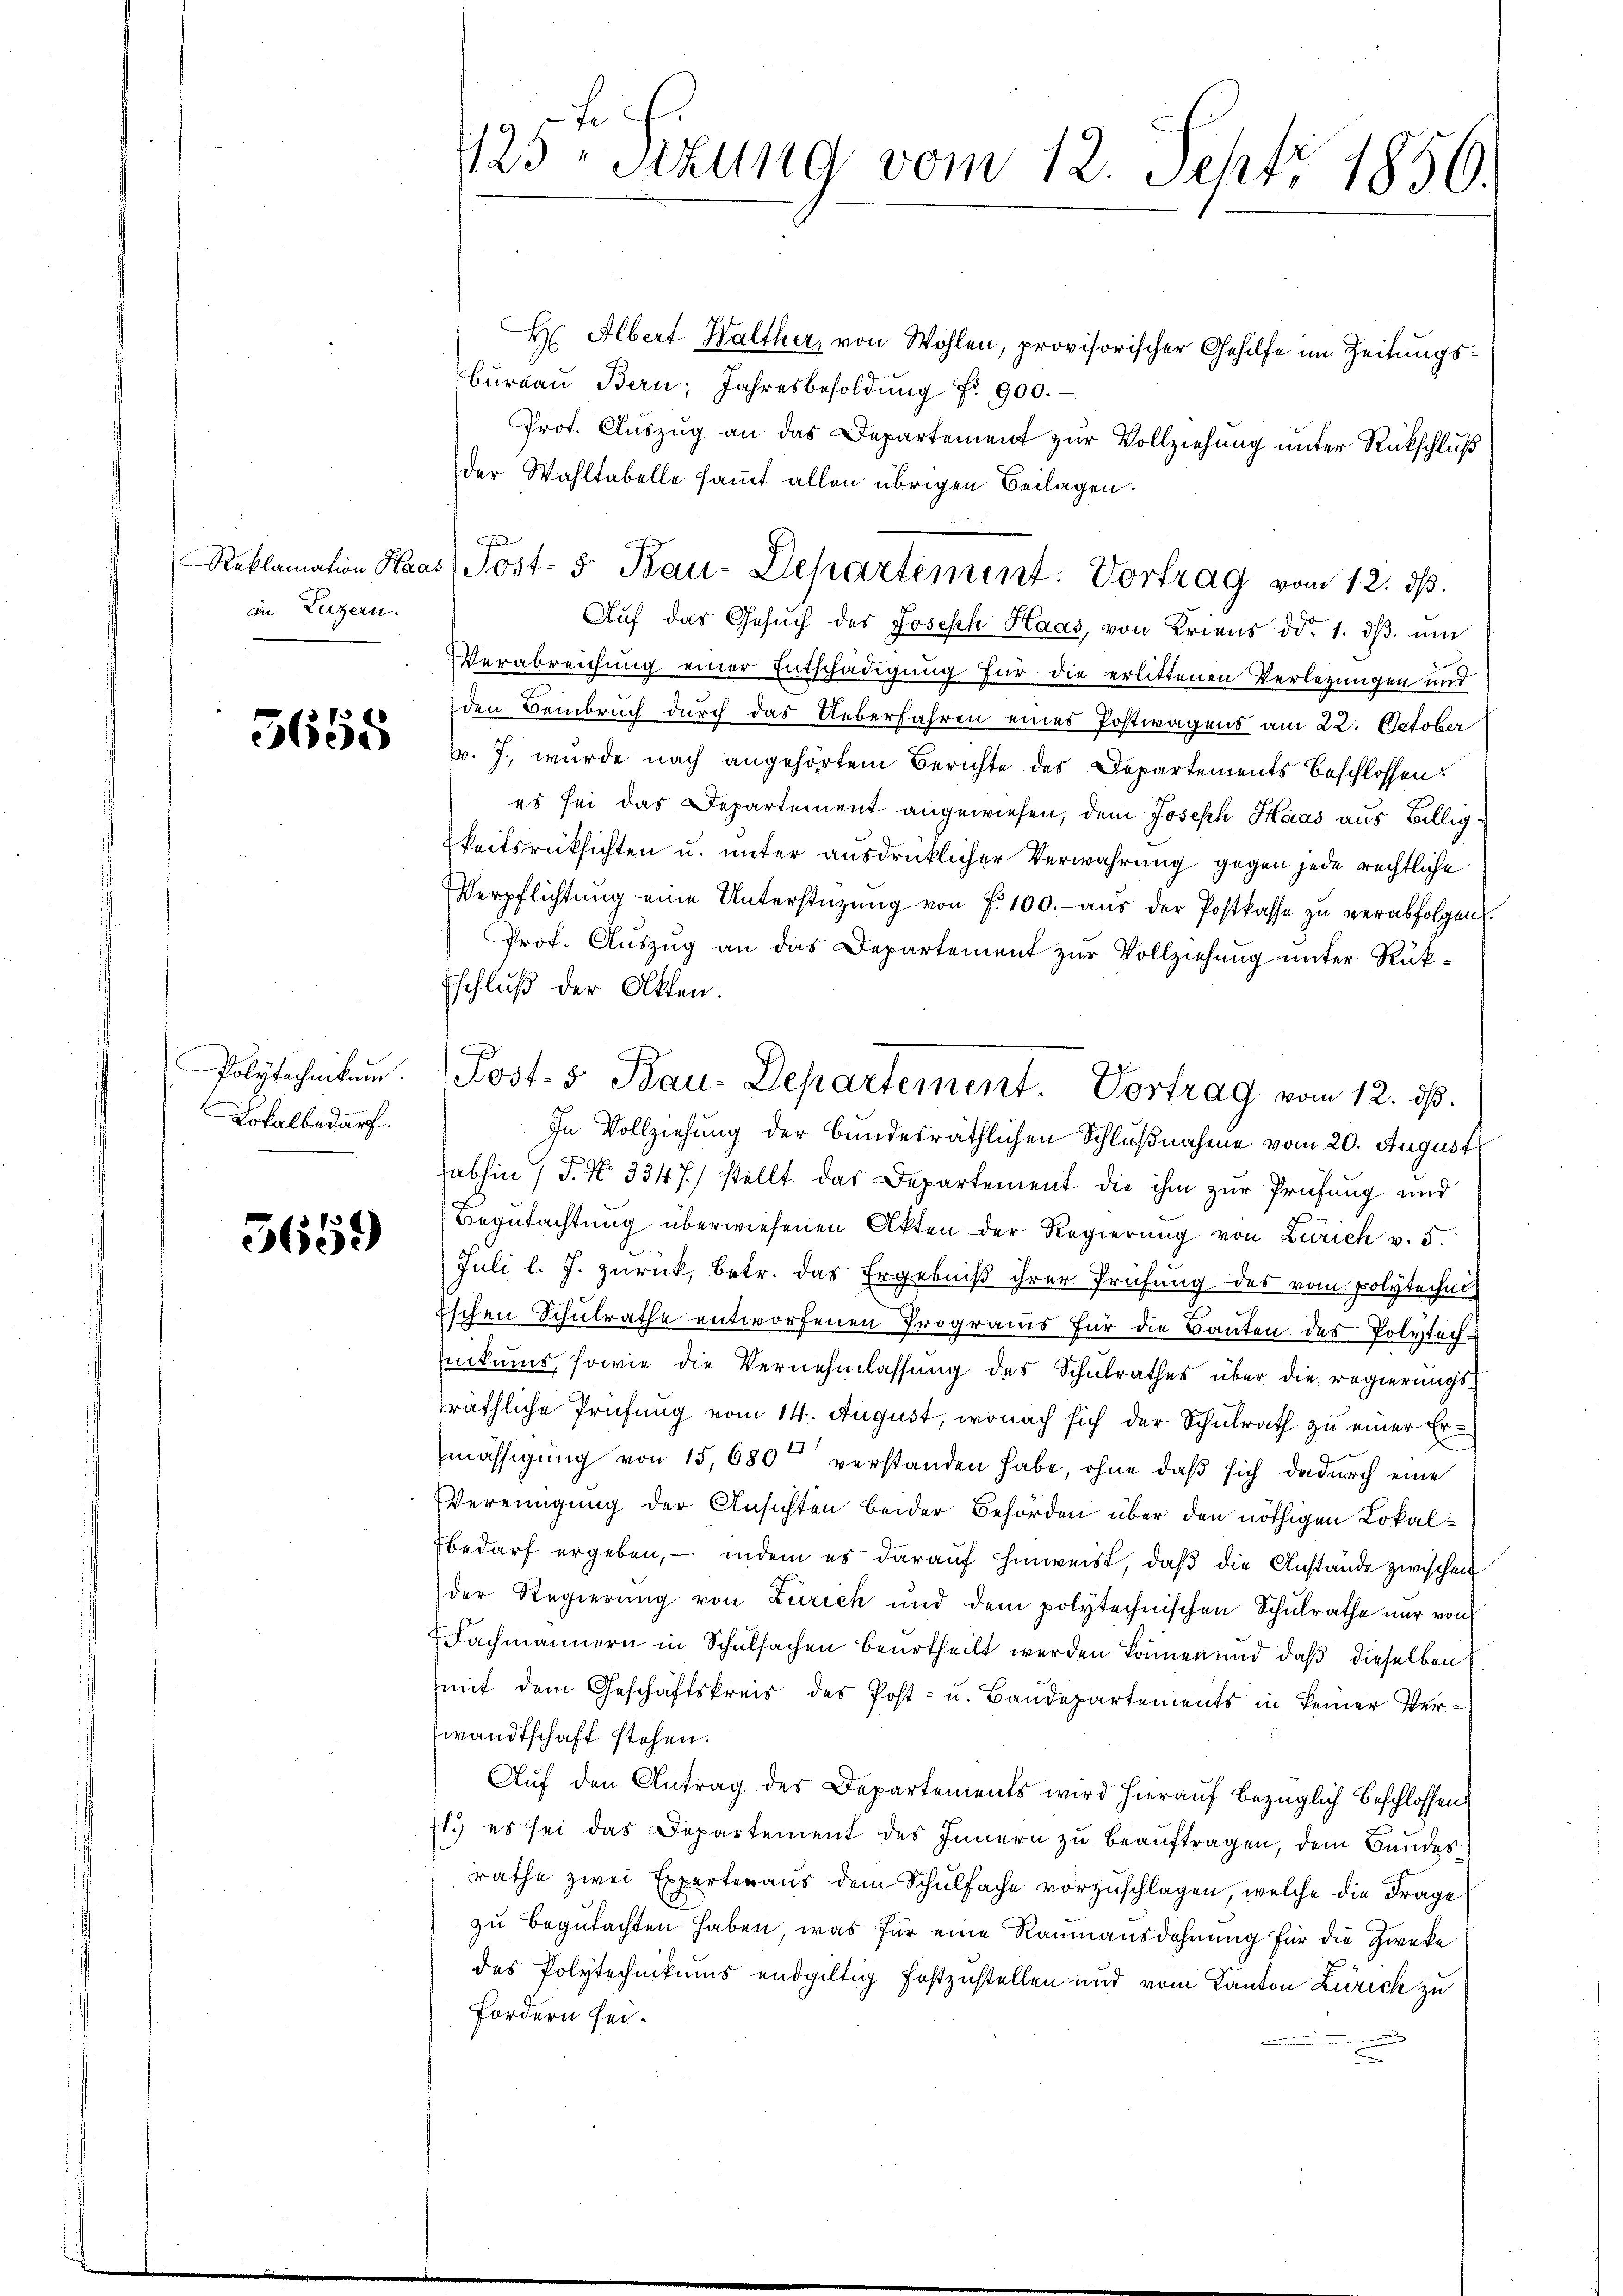
in Luzern.

5658

Polytechnikum.
Lokalbedarf.

5659

F
425 Stzung vom 12. Sept. 1856.

H Albert Walther, von Wohlen, provisorischer Gehilfe im Zeitungs¬
Bŭrgaŭ Bern, Jahresbesoldŭng Nr. 900.
Prot. Auszug an das Departement zur Vollziehung unter Rückschluß
der Wahltabelle sammt allen übrigen Beilagen.
Auf das Gesŭch des Joseph Haas, von Kriens ddo. 1. dβ. um
VVerabreichung einer Entschädigung für die erlittenen Verlegungen und
den Beinbruch durch das Ueberfahren eines Postwagens am 22. October
pr. J. wurde nach angehörtem Berichte des Departements beschlossen
es sei das Departement angewiesen, dem Joseph Haas aus Billigkeitsrücksichten u. unter ausdrücklicher Verwahrung gegen jede rechtliche
Verpflichtŭng eine Unterstützŭng von f. 100. aŭs der Postkasse zŭ verabfolgen.
Prot. Auszug an das Departement zur Vollziehung unter Rük¬
Eschluß der Otten.
In Vollziehung der bundesräthlichen Schlußnahme vom 20. August
fabhin 1 J. No 3347) stellt das Departement die ihm zur Prüfung und
Begŭtachtung überwiesenen Akten der Regierŭng von Zürich v. 5.
Juli l. J. zurück, betr. das Ergebniß ihrer Prüfung des vom polytechni
Eschen Schulrathe entworfenen Programs für die Bauten des Polytechnikums, sowie die Vernehmlassŭng des Schŭlrathes über die regierungs-
räthliche Prüfung vom 14. August, wonach sich der Schulrath zu einer Ermässigung von 15,680 verstanden habe, ohne daß sich dadurch eine
Vereinigung der Ansichten beider Behörden über den nöthigen Lokal¬
Ebedarf ergeben, — indem es darauf hinweist, daß die Anstände zwischen
der Regierŭng von Zürich und dem polytechnischen Schŭlrathe nur von
Fachmännern in Schulsachen beurtheilt werden können und daß dieselben
mit dem Geschäftskreis des Post- u. Baudepartements in keiner Verwandtschaft stehen.
Auf den Antrag des Departements wird hierauf bezüglich beschlossen:
71.) es sei das Departement des Innern zu beauftragen, dem Bundesrathe zwei Expertenaus dem Schulfache vorzuschlagen, welche die Frage
zu begutachten haben, was für eine Raumansdohnung für die Zweke
das Polytechnikums endgültig festzustellen und vom Kanton Zürich zu
Fordern sei.

Reklamation Haas Post- 5 Bau-Departement. Vortrag vom 12. dβ.

Post. 5. Bau-Departement. Vortrag vom 12. ds.